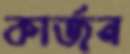
কার্জন